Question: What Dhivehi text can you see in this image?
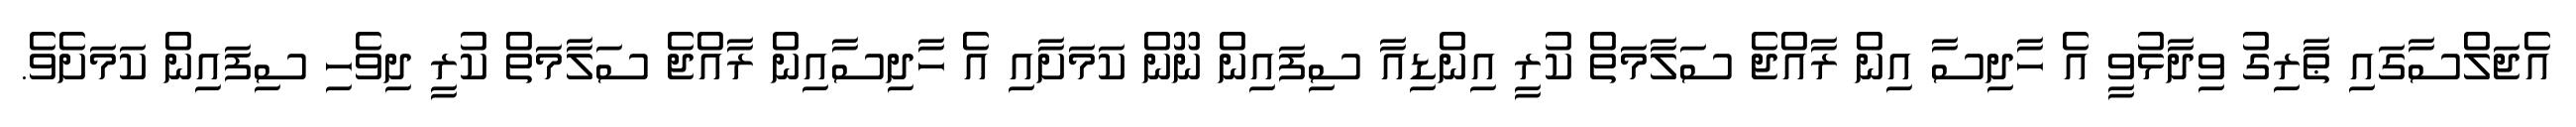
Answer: އެޖަލްސާގައި ޠާރިގު ވިދާޅުވީ އެ ހާދިސާ އިން ރާއްޖެ ސަލާމަތް ކުރީ އިންޑިއާ ސިފައިން ނޫން ކަމަށާއި އެ ހާދިސާއިން ރާއްޖެ ސަލާމަތް ކުރީ ދިވެހި ސިފައިން ކަމަށެވެ.